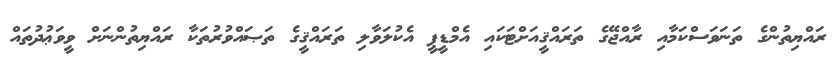
ރައްޔިތުންގެ ތަނަވަސްކަމާއި ރާއްޖޭގެ ތަރައްޤީއަށްޓަކައި އެމްޑީޕީ އެކުލަވާލި ތަރައްޤީގެ ތަޞައްވުރުތަކާ ރައްޔިތުންނަށް ވީވަޢުދުތައް